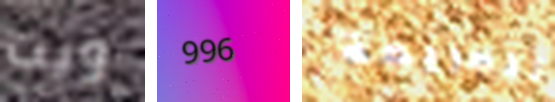
ويت 996 للجريمة